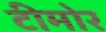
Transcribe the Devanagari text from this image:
टीमोर